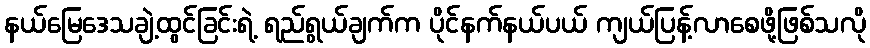
နယ်မြေဒေသချဲ့ထွင်ခြင်းရဲ့ ရည်ရွယ်ချက်က ပိုင်နက်နယ်ပယ် ကျယ်ပြန့်လာစေဖို့ဖြစ်သလို